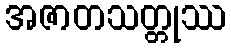
အဇာတသတ္တုဿ